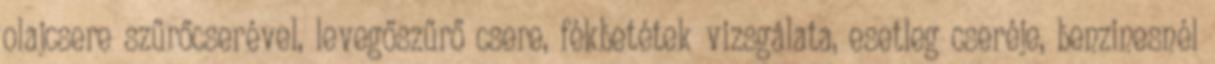
olajcsere szűrőcserével, levegőszűrő csere, fékbetétek vizsgálata, esetleg cseréje, benzinesnél